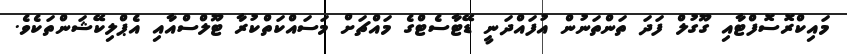
މައިކްރޮސޮފްޓާއި ގޫގުލް ފަދަ ތަންތަނުން އުފައްދަނީ ޑޭޓާސެޓްގެ މައްޗަށް މަސައްކަތްކުރާ ޓޫލްސްއާއި އެޕްލިކޭޝަންތަކެވެ.